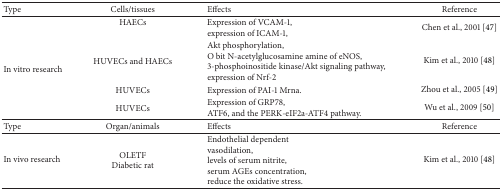
| Type | Cells/tissues | Effects | Reference |
 | --- | --- | --- | --- |
 | <ROWSPAN=4> In vitro research | HAECs | Expression of VCAM-1,expression of ICAM-1, | Chen et al., 2001 [47] |
 | HUVECs and HAECs | Akt phosphorylation,O bit N-acetylglucosamine amine of eNOS,3-phosphoinositide kinase/Akt signaling pathway,expression of Nrf-2 | Kim et al., 2010 [48] |
 | HUVECs | Expression of PAI-1 Mrna. | Zhou et al., 2005 [49] |
 | HUVECs | Expression of GRP78,ATF6, and the PERK-eIF2a-ATF4 pathway. | Wu et al., 2009 [50] |
 | Type | Organ/animals | Effects | Reference |
 | In vivo research | OLETF Diabetic rat | Endothelial dependentvasodilation,levels of serum nitrite,serum AGEs concentration,reduce the oxidative stress. | Kim et al., 2010 [48] |